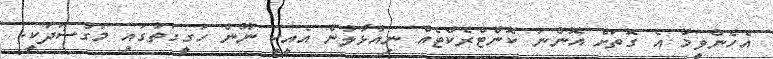
އެހެންވީމާ އެ ގޮތަށް އޮންނަ ކޮންޓްރެކްޓެއް ނިއުޅާލުން އެއީކީ ނޫން ހަގީގަތުގައި މަގުސަދަކީ.